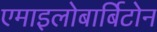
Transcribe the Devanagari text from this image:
एमाइलोबार्बिटोन